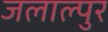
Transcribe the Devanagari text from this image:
जलाल्पुर